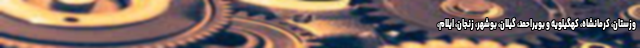
وزستان، کرمانشاه، کهگیلویه و بویراحمد، گیلان، بوشهر، زنجان، ایلام،